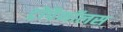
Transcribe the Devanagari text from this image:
ट्रोपैनॉलस